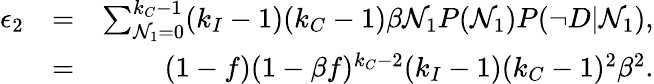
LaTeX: \begin{array}{rlr}{\epsilon_{2}}&{=}&{\sum_{\mathcal{N}_{1}=0}^{k_{C}-1}(k_{I}-1)(k_{C}-1)\beta\mathcal{N}_{1}P(\mathcal{N}_{1})P(\neg D|\mathcal{N}_{1}),}\\ &{=}&{(1-f)(1-\beta f)^{k_{C}-2}(k_{I}-1)(k_{C}-1)^{2}\beta^{2}.}\end{array}